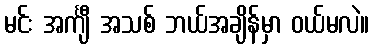
မင်း အင်္ကျီ အသစ် ဘယ်အချိန်မှာ ဝယ်မလဲ။